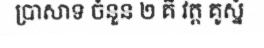
ប្រាសាទ ចំនួន ២ គឺ វត្ត គូស្នំ